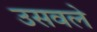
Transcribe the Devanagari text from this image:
उसवले